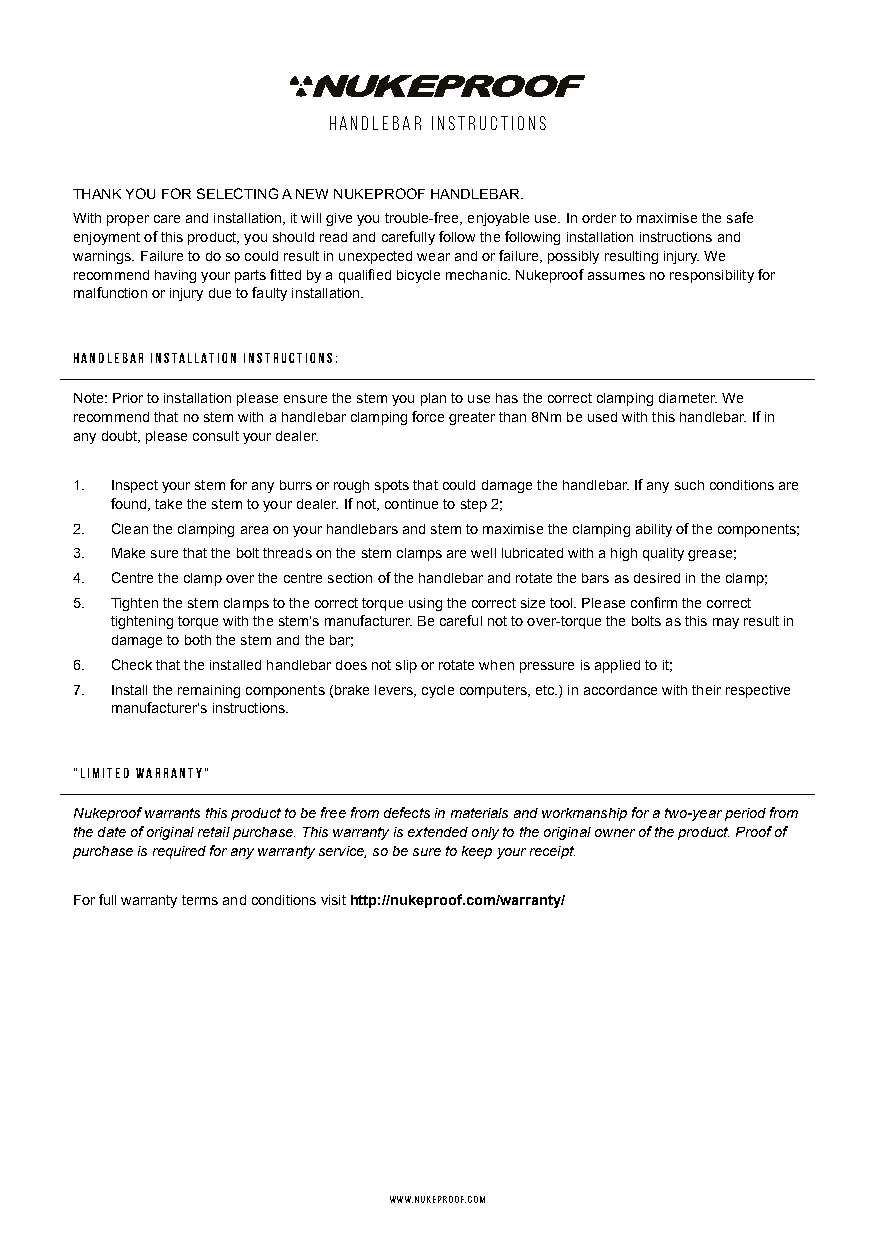
HANDLEBAR INSTRUCTIONS
 THANK YOU FOR SELECTING A NEW NUKEPROOF HANDLEBAR.
 With proper care and installation, it will give you trouble-free, enjoyable use. In order to maximise the safe
 enjoyment of this product, you should read and carefully follow the following installation instructions and
 warnings. Failure to do so could result in unexpected wear and or failure, possibly resulting injury. We
 recommend having your parts fitted by a qualified bicycle mechanic. Nukeproof assumes no responsibility for
 malfunction or injury due to faulty installation.
 Handlebar Installation Instructions:
 Note: Prior to installation please ensure the stem you plan to use has the correct clamping diameter. We
 recommend that no stem with a handlebar clamping force greater than 8Nm be used with this handlebar. If in
 any doubt, please consult your dealer.
 1. Inspect your stem for any burrs or rough spots that could damage the handlebar. If any such conditions are
 found, take the stem to your dealer. If not, continue to step 2;
 2. Clean the clamping area on your handlebars and stem to maximise the clamping ability of the components;
 3. Make sure that the bolt threads on the stem clamps are well lubricated with a high quality grease;
 4. Centre the clamp over the centre section of the handlebar and rotate the bars as desired in the clamp;
 5. Tighten the stem clamps to the correct torque using the correct size tool. Please confirm the correct
 tightening torque with the stem’s manufacturer. Be careful not to over-torque the bolts as this may result in
 damage to both the stem and the bar;
 6. Check that the installed handlebar does not slip or rotate when pressure is applied to it;
 7. Install the remaining components (brake levers, cycle computers, etc.) in accordance with their respective
 manufacturer’s instructions.
 “LIMITED WARRANTY”
 Nukeproof warrants this product to be free from defects in materials and workmanship for a two-year period from
 the date of original retail purchase. This warranty is extended only to the original owner of the product. Proof of
 purchase is required for any warranty service, so be sure to keep your receipt.
 For full warranty terms and conditions visit http://nukeproof.com/warranty/
 WWW.NUKEPROOF.COM